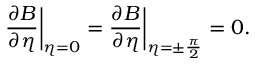
\frac { \partial B } { \partial \eta } \bigg | _ { \eta = 0 } = \frac { \partial B } { \partial \eta } \bigg | _ { \eta = \pm \frac { \pi } { 2 } } = 0 .